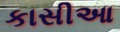
કાસીઆ